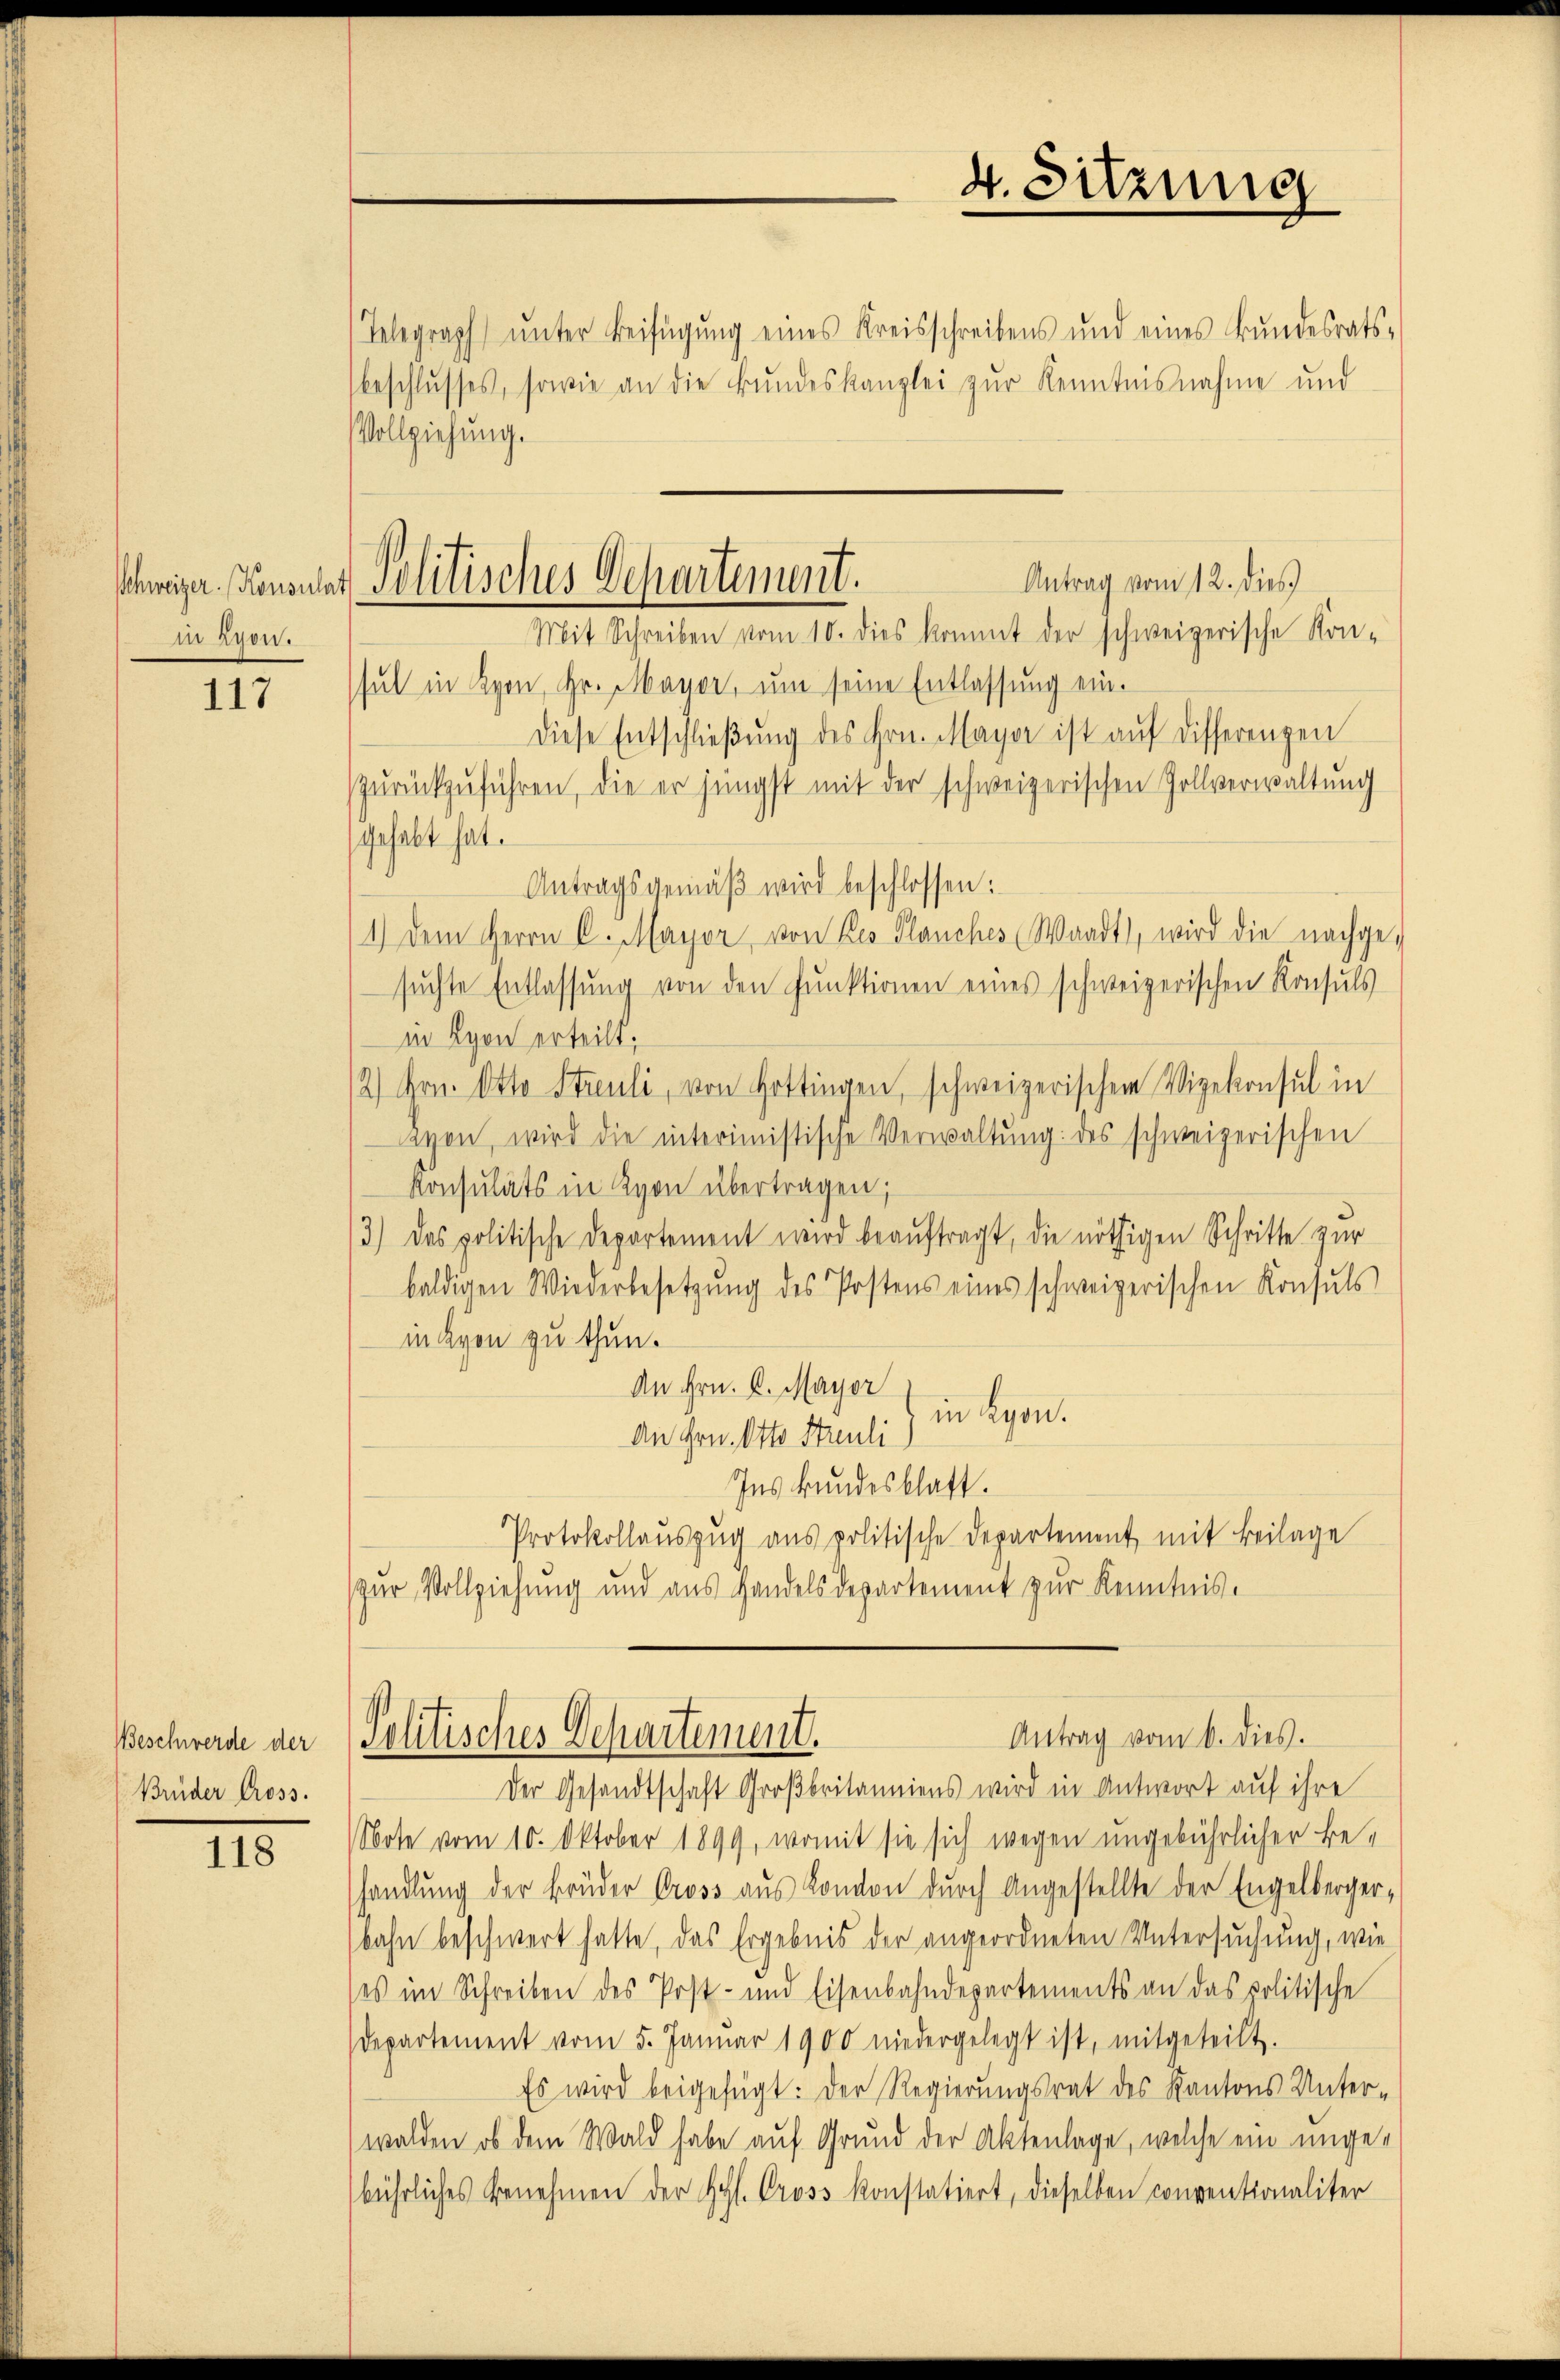
in Lyon.

117

Beschwerde der
Brüder Gross.

118

Schweizer. Konsulat Politisches Departement.

Telegraph ŭnter Beifügung eines Kreisschreibens und eines Bŭndesrats-
beschlusses, sowie an die Bundeskanzlei zur Kenntnisnahme und
Vollziehung.
Antrag vom 12. dies
Mit Schreiben vom 10. dies kommt der schweizerische Kon-
sul in Lyon, Hr. Mauer, um seine Entlassung ein¬
Diese Entschlieβŭng des Hrn. Mayoe ist auf Differenzen
zurückzuführen, die er jüngst mit der schweizerischen Zollverwaltung
gehabt hat.
Antragsgemäβ wird beschlossen:
1.) Dem Herrn C. Mayor, von des Planches Waadt, wird die nachge-
suchte Entlassung von den Punktionen eines schweizerischen Konsuls
in Lyon erteilt;
/2) Hrn. Otto Streuli, von Hottingen, schweizerischem Vizekonsul in
agen, wird die interimistische Verwaltŭng des schweizerischen
Konsulats in Lyon übertragen;
/3) das politische Departement wird beauftragt, die nöthigen Schritte zur
baldigen Wiederbesetzŭng des Postens eines schweizerischen Konsuls
maven zu thun.
An Hrn. C. Mayor
in Lyon.
An Hrn. Otto Streuli)
Ins kundesblatt.
Protokollaŭszŭg ans politische Departement mit Beilage
zur Vollziehung und aus Handelsdepartement zur Kenntnis.

4. Sitzung

Antrag vom 6. dies.
Politisches Departement.

Der Gesandtschaft Großbritanniens wird in Antwort auf ihre
Note vom 10. Oktober 1899, womit sie sich wegen ungebührlicher Behandlung der Brüder Gross aus London durch Angestellte der Engelbergerbahn beschwert hatte, das Ergebnis der angeordneten Untersuchung, wie
ses im Schreiben des Post- und Eisenbahndepartements an das politische
departement vom 5. Janŭar 1900 niedergelegt ist, mitgeteilt.
Es wird beigefügt: Der Regierungsrat des Kantons Unter-
walden, ob dem Wald habe auf Grund der Aktenlage, welche ein unge-
bührliches Benehmen der Ges. Gross konstatiert, dieselben conventionaliter